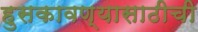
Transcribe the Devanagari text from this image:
हुसकावण्यासाठीची